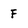
Character: f